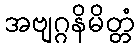
အဗျဂ္ဂနိမိတ္တံ